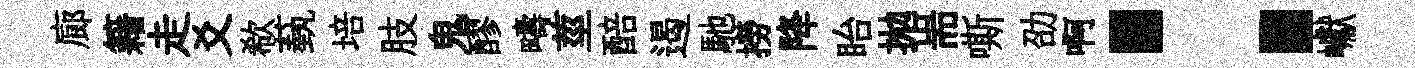
廊籍走爻欷蓺培肢鬼醪疇莖醅遏馳撈降眙拋耑嘶劭啊：巘